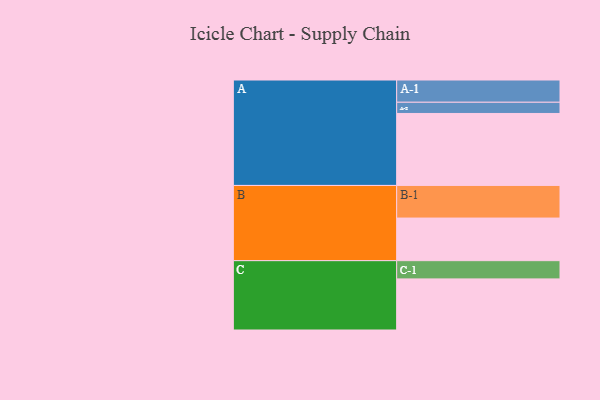
{"axis": {"x": "Segment", "y": "Value"}, "legend": ["", "A", "B", "C"], "data": [{"x": "A", "y": 576, "type": ""}, {"x": "B", "y": 341, "type": ""}, {"x": "C", "y": 409, "type": ""}, {"x": "A-1", "y": 178, "type": "A"}, {"x": "A-2", "y": 90, "type": "A"}, {"x": "B-1", "y": 261, "type": "B"}, {"x": "C-1", "y": 146, "type": "C"}]}